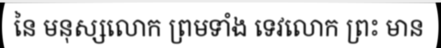
នៃ មនុស្សលោក ព្រមទាំង ទេវលោក ព្រះ មាន